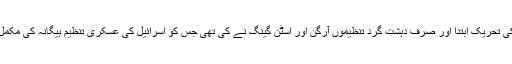
اسرائیل کے قیام کی تحریک ابتداً اور صرف دہشت گرد تنظیموں آرگن اور اسٹن گینگ نے کی تھی جس کو اسرائیل کی عسکری تنظیم ہیگانہ کی مکمل تائید حاصل تھی۔